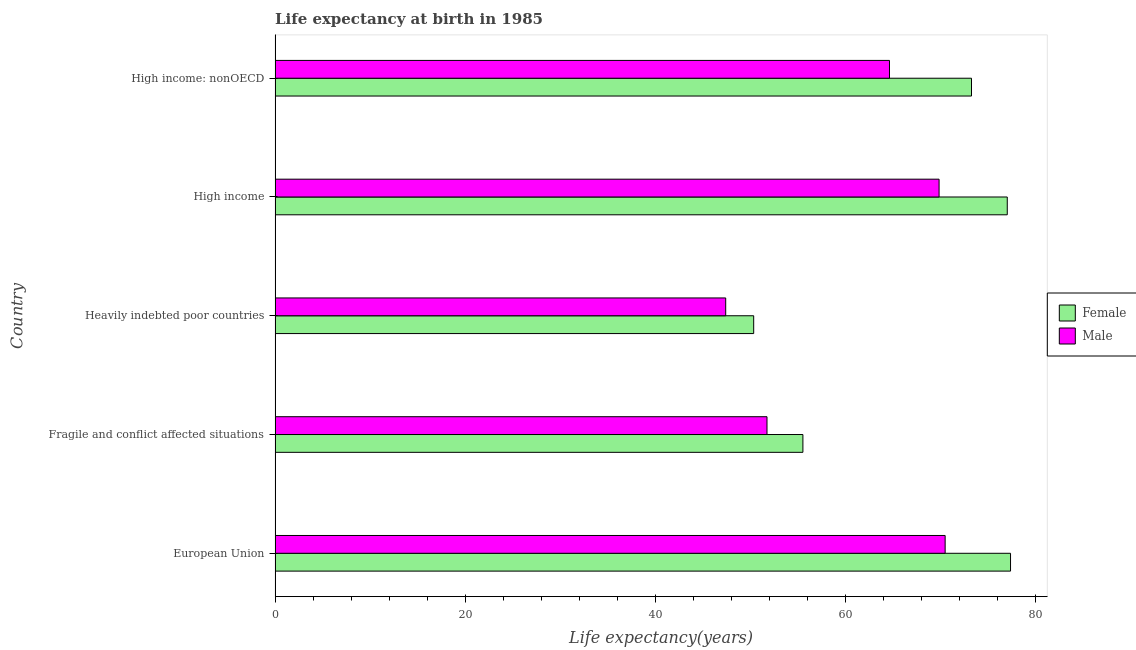
| Country | Female | Male |
 | --- | --- | --- |
 | European Union | 77.4 | 70.5 |
 | Fragile and conflict affected situations | 55.6 | 51.8 |
 | Heavily indebted poor countries | 50.4 | 47.4 |
 | High income | 77.1 | 69.9 |
 | High income: nonOECD | 73.3 | 64.7 |